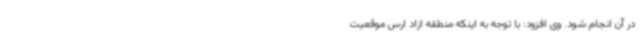
در آن انجام شود. وی افزود: با توجه به اینکه منطقه ازاد ارس موقعیت